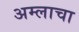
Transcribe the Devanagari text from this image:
अम्‍लाचा